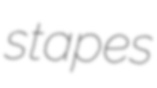
stapes